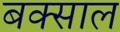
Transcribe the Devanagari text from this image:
बक्साल